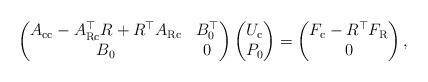
LaTeX: \begin{align*} \begin{pmatrix} A_{\mathrm{c}\mathrm{c}} - A_{\mathrm{R}\mathrm{c}}^{\top} R + R^{\top} A_{\mathrm{R}\mathrm{c}} & B_0^{\top} \\ B_0 & 0 \\ \end{pmatrix} \begin{pmatrix} U_\mathrm{c}\\ P_0 \end{pmatrix} = \begin{pmatrix} F_\mathrm{c} - R^\top F_\mathrm{R}\\ 0 \end{pmatrix},\end{align*}